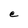
Character: e